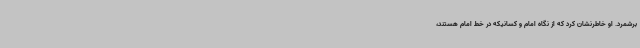
برشمرد. او خاطرنشان کرد که از نگاه امام و کسانیکه در خط امام هستند،